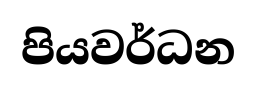
පියවර්ධන